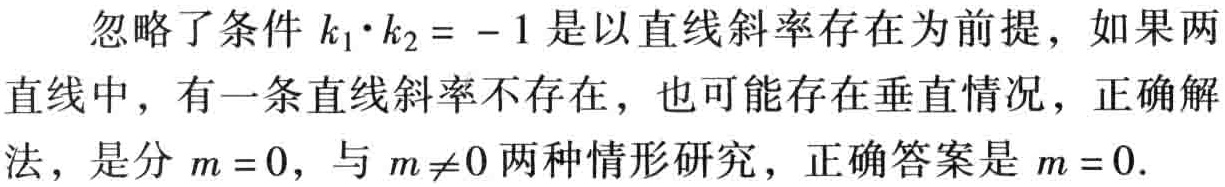
忽略了条件 \(k_1\cdot k_2 = - 1\) 是以直线斜率存在为前提，如果两直线中，有一条直线斜率不存在，也可能存在垂直情况，正确解法，是分 \(m = 0\)，与 \(m\neq0\) 两种情形研究，正确答案是 \(m = 0\).